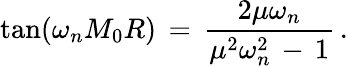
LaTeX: \tan(\omega_{n}M_{0}R)\, =\, \frac{2\mu\omega_{n}}{\mu^{2}\omega_{n}^{2}\, -\, 1}\, {.}